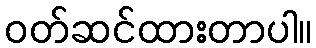
ဝတ်ဆင်ထားတာပါ။